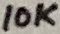
Text: 10K